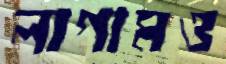
লাগামও